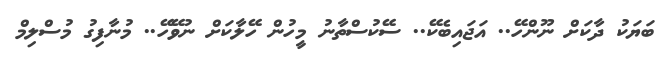
ބަޔަކު ދާކަށް ނޫންހޭ.. އަޖައިބެކޭ.. ސޭކުސްތާނު މީހުން ހޭލާކަށް ނުވޭހޭ.. މުނާފިގު މުސްލިމް